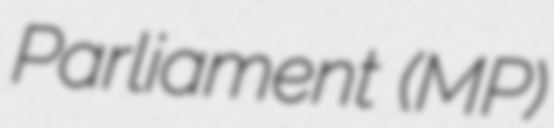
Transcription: Parliament (MP)